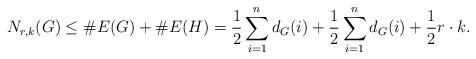
LaTeX: \begin{align*}N_{r,k}(G) \leq \#E(G) + \#E(H) = \frac{1}{2}\sum_{i=1}^{n} d_G(i) + \frac{1}{2}\sum_{i=1}^{n} d_G(i) + \frac{1}{2}r\cdot k.\end{align*}